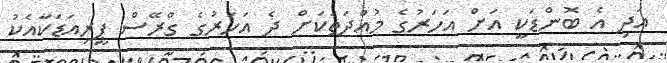
އަދި އެ ބޮންޑަކީ އަށް އަހަރުގެ މުއްދަތަކަށް ދެ އަހަރުގެ ގްރޭސް ޕީރިއަޑަކާއެކު